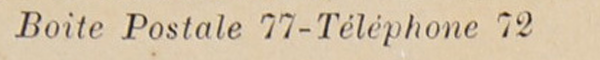
Boite Postale 77-Téléphone 72